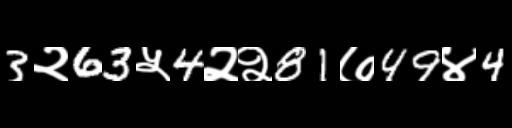
Text: 3२63५4२२81७49४4